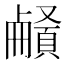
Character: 𩔒